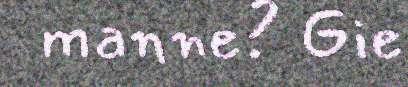
manne? Gie